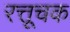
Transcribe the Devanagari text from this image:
रत्तूचक